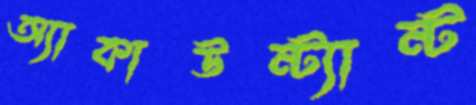
অ্যাকাউন্ট্যান্ট